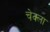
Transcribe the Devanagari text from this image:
चेक्ला